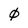
Character: 0